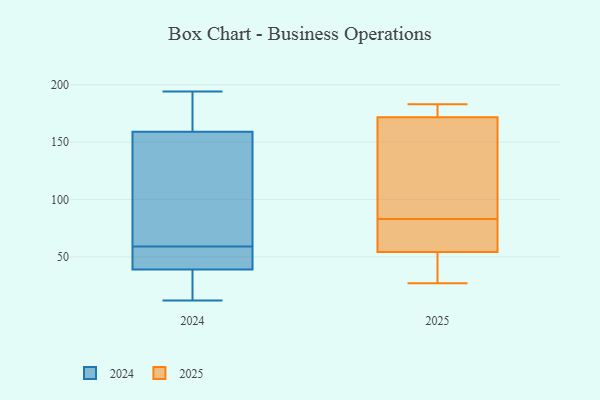
{"axis": {"x": "Inventory Turnover", "y": "Value"}, "legend": ["2024", "2025"], "data": [{"x": "", "y": 183, "type": "2025"}, {"x": "", "y": 54, "type": "2025"}, {"x": "", "y": 98, "type": "2025"}, {"x": "", "y": 178, "type": "2025"}, {"x": "", "y": 81, "type": "2025"}, {"x": "", "y": 63, "type": "2025"}, {"x": "", "y": 27, "type": "2025"}, {"x": "", "y": 55, "type": "2025"}, {"x": "", "y": 38, "type": "2025"}, {"x": "", "y": 83, "type": "2025"}, {"x": "", "y": 39, "type": "2025"}, {"x": "", "y": 172, "type": "2025"}, {"x": "", "y": 181, "type": "2025"}, {"x": "", "y": 85, "type": "2025"}, {"x": "", "y": 171, "type": "2025"}, {"x": "", "y": 42, "type": "2024"}, {"x": "", "y": 41, "type": "2024"}, {"x": "", "y": 38, "type": "2024"}, {"x": "", "y": 12, "type": "2024"}, {"x": "", "y": 160, "type": "2024"}, {"x": "", "y": 40, "type": "2024"}, {"x": "", "y": 158, "type": "2024"}, {"x": "", "y": 194, "type": "2024"}, {"x": "", "y": 40, "type": "2024"}, {"x": "", "y": 157, "type": "2024"}, {"x": "", "y": 165, "type": "2024"}, {"x": "", "y": 18, "type": "2024"}, {"x": "", "y": 186, "type": "2024"}, {"x": "", "y": 76, "type": "2024"}, {"x": "", "y": 89, "type": "2024"}, {"x": "", "y": 28, "type": "2024"}]}